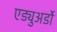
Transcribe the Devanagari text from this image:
एड्युअर्डो